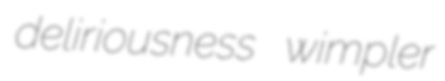
deliriousness wimpler